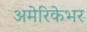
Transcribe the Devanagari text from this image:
अमेरिकेभर